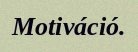
Motiváció.